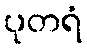
ပုတရံ